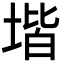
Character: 堦